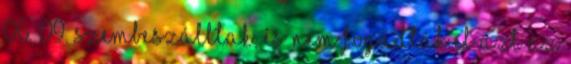
06. 09. Szembeszálltak, és nem fogadták el azt az